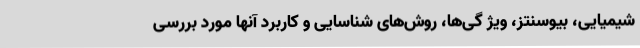
شیمیایی، بیوسنتز، ویژ گی‌ها، روش‌های شناسایی و کاربرد آنها مورد بررسی